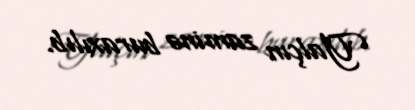
Yalçın zaminə buraxılıb.